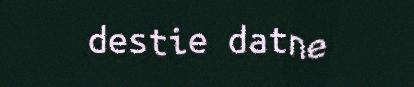
destie datne